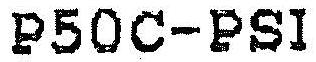
P50C-PSI